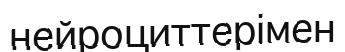
нейроциттерімен